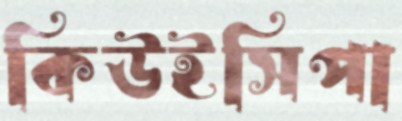
কিউইসিপা